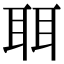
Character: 聑